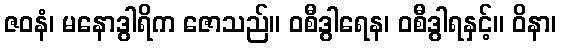
ဇဝနံ၊ မနောဒွါရိက ဇောသည်။ ဝစီဒွါရေန၊ ဝစီဒွါရနှင့်။ ဝိနာ၊